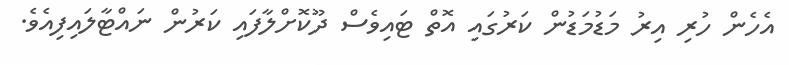
އެހެން ހުރި އިރު މަޑުމަޑުން ކަރުގައި އޮތް ޓައިވެސް ދޫކޮށްލާފައި ކަރުން ނައްޓާލައިފިއެވެ.